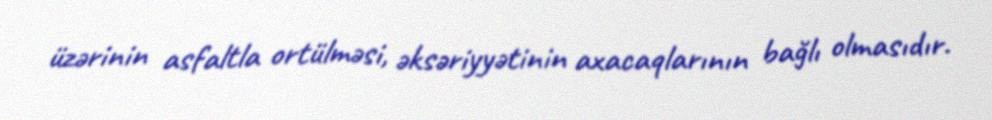
üzərinin asfaltla ortülməsi, əksəriyyətinin axacaqlarının bağlı olmasıdır.